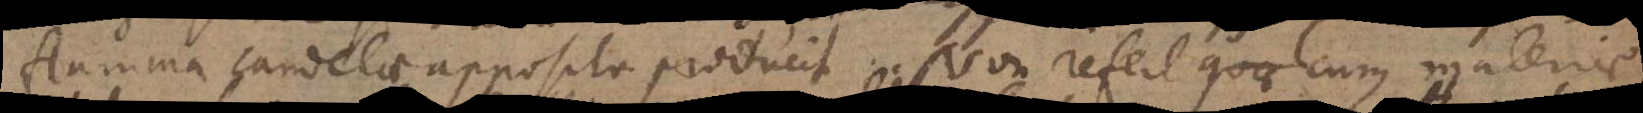
flamma candelae apposita producit. Non refert quae cujus materiae